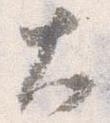
大